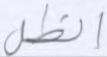
الظل